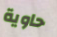
حاوية